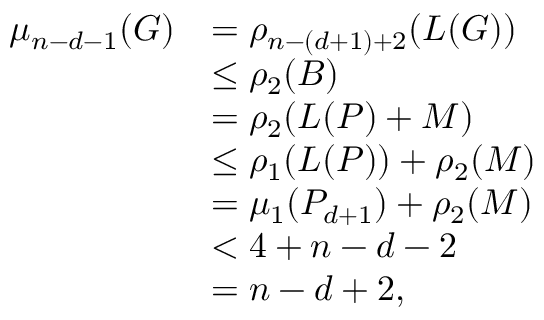
\begin{array} { r l } { \mu _ { n - d - 1 } ( G ) } & { = \rho _ { n - ( d + 1 ) + 2 } ( L ( G ) ) } \\ & { \le \rho _ { 2 } ( B ) } \\ & { = \rho _ { 2 } ( L ( P ) + M ) } \\ & { \le \rho _ { 1 } ( L ( P ) ) + \rho _ { 2 } ( M ) } \\ & { = \mu _ { 1 } ( P _ { d + 1 } ) + \rho _ { 2 } ( M ) } \\ & { < 4 + n - d - 2 } \\ & { = n - d + 2 , } \end{array}